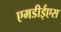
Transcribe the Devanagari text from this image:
एमडीईएस